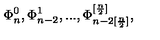
\Phi _ { n } ^ { 0 } , \Phi _ { n - 2 } ^ { 1 } , . . . , \Phi _ { n - 2 [ \frac { n } { 2 } ] } ^ { [ \frac { n } { 2 } ] } ,